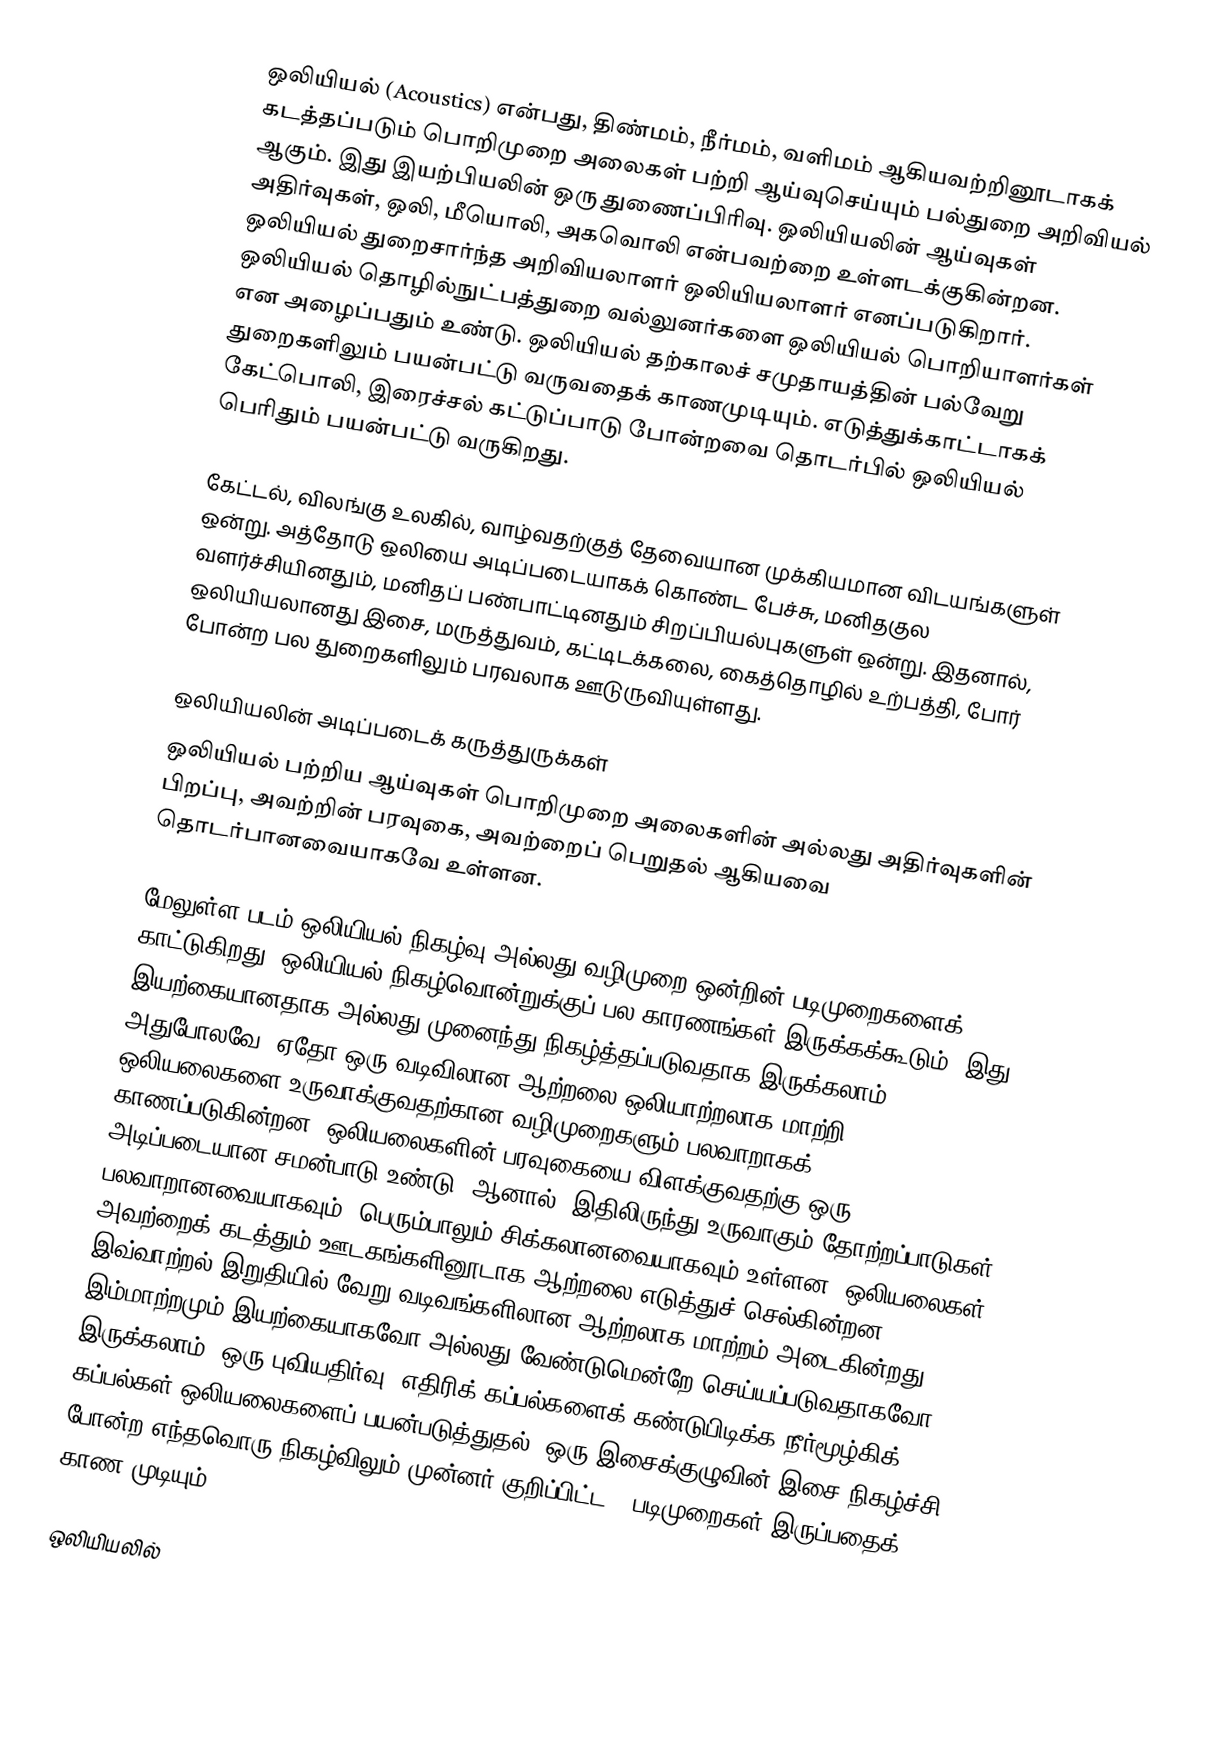
ஒலியியல் (Acoustics) என்பது, திண்மம், நீர்மம், வளிமம் ஆகியவற்றினூடாகக் கடத்தப்படும் பொறிமுறை அலைகள் பற்றி ஆய்வுசெய்யும் பல்துறை அறிவியல் ஆகும். இது இயற்பியலின் ஒரு துணைப்பிரிவு. ஒலியியலின் ஆய்வுகள் அதிர்வுகள், ஒலி, மீயொலி, அகவொலி என்பவற்றை உள்ளடக்குகின்றன. ஒலியியல் துறைசார்ந்த அறிவியலாளர் ஒலியியலாளர் எனப்படுகிறார். ஒலியியல் தொழில்நுட்பத்துறை வல்லுனர்களை ஒலியியல் பொறியாளர்கள் என அழைப்பதும் உண்டு. ஒலியியல் தற்காலச் சமுதாயத்தின் பல்வேறு துறைகளிலும் பயன்பட்டு வருவதைக் காணமுடியும். எடுத்துக்காட்டாகக் கேட்பொலி, இரைச்சல் கட்டுப்பாடு போன்றவை தொடர்பில் ஒலியியல் பெரிதும் பயன்பட்டு வருகிறது.

கேட்டல், விலங்கு உலகில், வாழ்வதற்குத் தேவையான முக்கியமான விடயங்களுள் ஒன்று. அத்தோடு ஒலியை அடிப்படையாகக் கொண்ட பேச்சு, மனிதகுல வளர்ச்சியினதும், மனிதப் பண்பாட்டினதும் சிறப்பியல்புகளுள் ஒன்று. இதனால், ஒலியியலானது இசை, மருத்துவம், கட்டிடக்கலை, கைத்தொழில் உற்பத்தி, போர் போன்ற பல துறைகளிலும் பரவலாக ஊடுருவியுள்ளது.

ஒலியியலின் அடிப்படைக் கருத்துருக்கள்
ஒலியியல் பற்றிய ஆய்வுகள் பொறிமுறை அலைகளின் அல்லது அதிர்வுகளின் பிறப்பு, அவற்றின் பரவுகை, அவற்றைப் பெறுதல் ஆகியவை தொடர்பானவையாகவே உள்ளன.

மேலுள்ள படம் ஒலியியல் நிகழ்வு அல்லது வழிமுறை ஒன்றின் படிமுறைகளைக் காட்டுகிறது. ஒலியியல் நிகழ்வொன்றுக்குப் பல காரணங்கள் இருக்கக்கூடும். இது இயற்கையானதாக அல்லது முனைந்து நிகழ்த்தப்படுவதாக இருக்கலாம். அதுபோலவே, ஏதோ ஒரு வடிவிலான ஆற்றலை ஒலியாற்றலாக மாற்றி ஒலியலைகளை உருவாக்குவதற்கான வழிமுறைகளும் பலவாறாகக் காணப்படுகின்றன. ஒலியலைகளின் பரவுகையை விளக்குவதற்கு ஒரு அடிப்படையான சமன்பாடு உண்டு. ஆனால், இதிலிருந்து உருவாகும் தோற்றப்பாடுகள் பலவாறானவையாகவும், பெரும்பாலும் சிக்கலானவையாகவும் உள்ளன. ஒலியலைகள் அவற்றைக் கடத்தும் ஊடகங்களினூடாக ஆற்றலை எடுத்துச் செல்கின்றன. இவ்வாற்றல் இறுதியில் வேறு வடிவங்களிலான ஆற்றலாக மாற்றம் அடைகின்றது. இம்மாற்றமும் இயற்கையாகவோ அல்லது வேண்டுமென்றே செய்யப்படுவதாகவோ இருக்கலாம். ஒரு புவியதிர்வு, எதிரிக் கப்பல்களைக் கண்டுபிடிக்க நீர்மூழ்கிக் கப்பல்கள் ஒலியலைகளைப் பயன்படுத்துதல், ஒரு இசைக்குழுவின் இசை நிகழ்ச்சி போன்ற எந்தவொரு நிகழ்விலும் முன்னர் குறிப்பிட்ட 5 படிமுறைகள் இருப்பதைக் காண முடியும்.

ஒலியியலில்